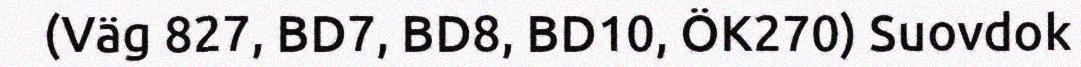
(Väg 827, BD7, BD8, BD10, ÖK270) Suovdok